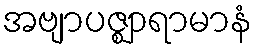
အဗျာပဇ္ဈာရာမာနံ